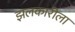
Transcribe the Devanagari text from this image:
झलकारीला